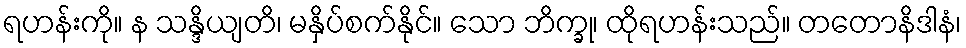
ရဟန်းကို။ န သန္ဒိယျတိ၊ မနှိပ်စက်နိုင်။ သော ဘိက္ခု၊ ထိုရဟန်းသည်။ တတောနိဒါနံ၊